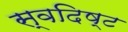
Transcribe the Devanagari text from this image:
स्वदिष्ट